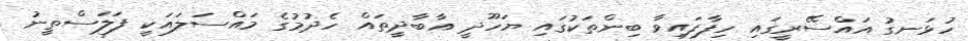
ހުޅަނގު އައްސޭރީގައި ހިފާފައިވާ ބިންތަކުގައި ޔަހޫދީ އާބާދީތައް ހެދުމުގެ މައްސަލައަކީ ފަލަސްތީނު